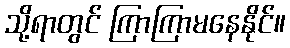
သို့ရာတွင် ကြာကြာမနေနိုင်။